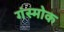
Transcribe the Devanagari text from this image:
गंस्मोक